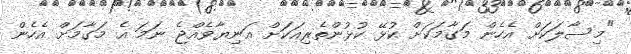
"މިސާލަކަށް އެހެން މަގާމަކަށް ކުޅޭ ކުޅުންތެރިއަކަށް އަނިޔާވެއްޖެ ނަމަ އެ މަގާމަށް އެހެން